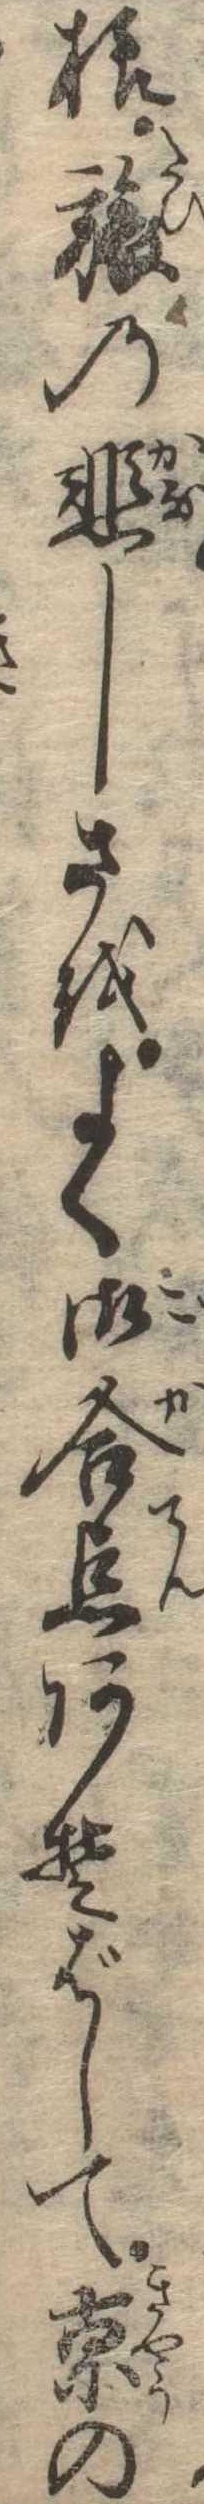
様旅の悲しさをよく御合点あそばして京の